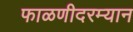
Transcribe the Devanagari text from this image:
फाळणीदरम्यान